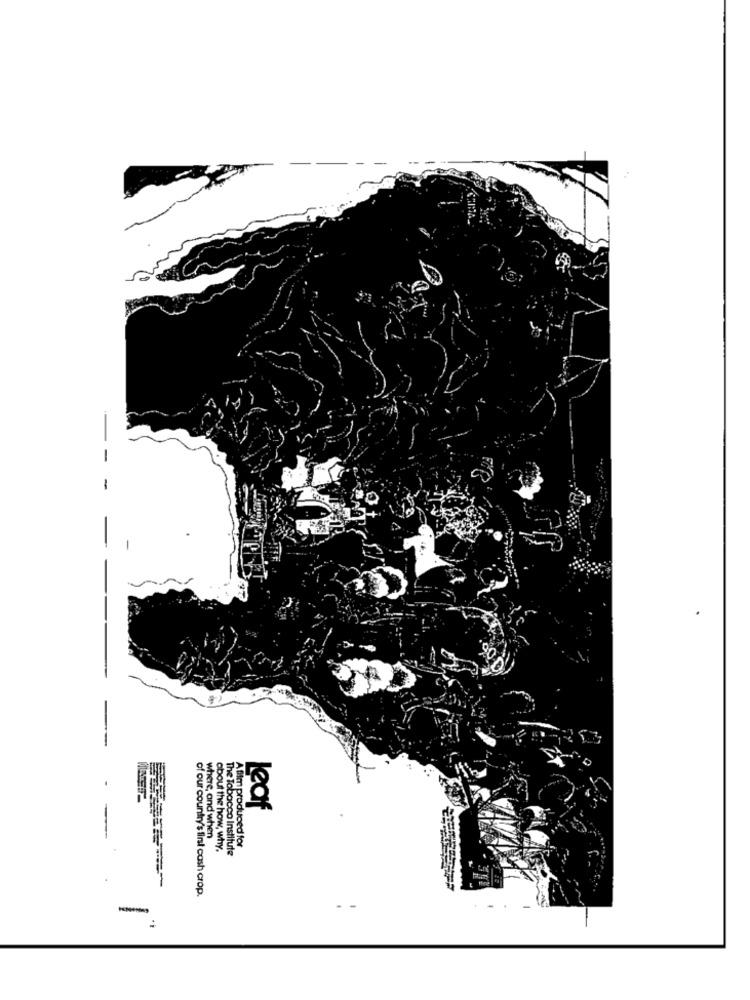
90 D
Leaf
where, and when
about the how, why.
The Tobacco Institute
Afilm produced for
of our country's first cash crop.
- -